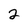
Character: 2